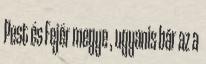
Pest és Fejér megye , ugyanis bár az a